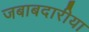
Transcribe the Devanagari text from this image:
जबाबदारीया